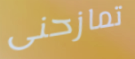
تمازحنى